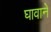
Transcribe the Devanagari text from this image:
घावाने